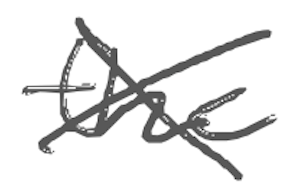
Text: the
Cross-out: cross
Writing tool: digital_gray